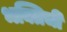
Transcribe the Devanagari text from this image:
भक्तिची